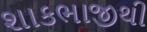
શાકભાજીથી